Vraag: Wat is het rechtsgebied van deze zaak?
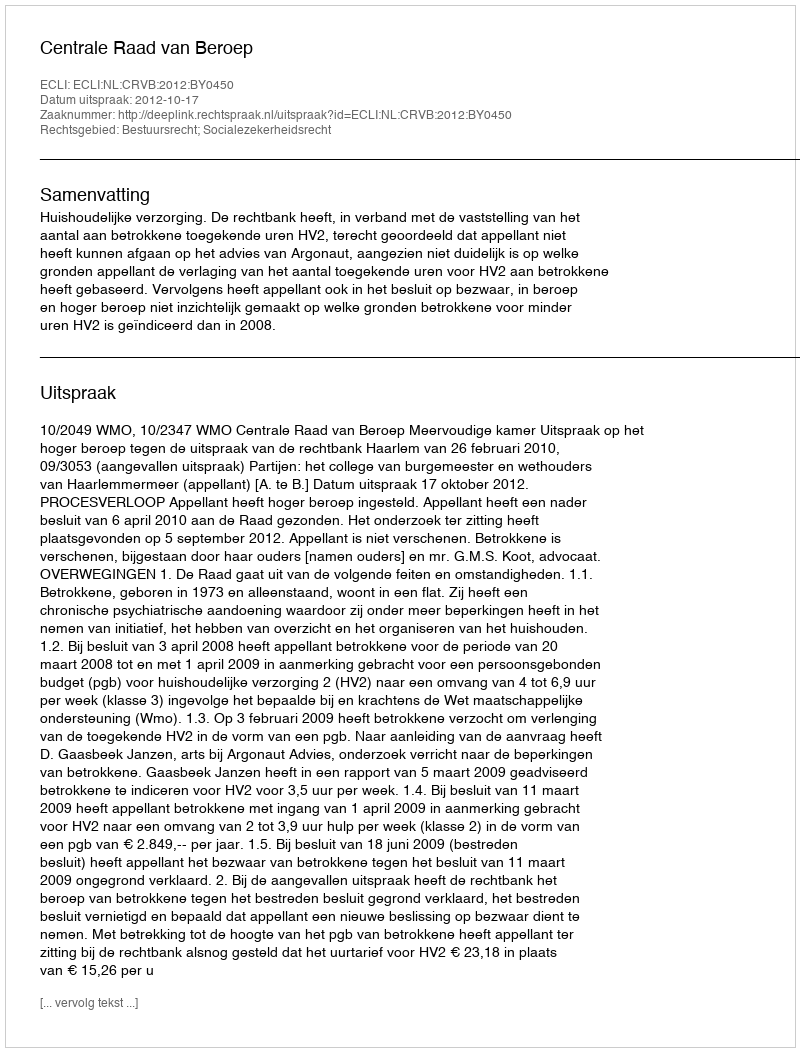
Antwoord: Bestuursrecht; Socialezekerheidsrecht